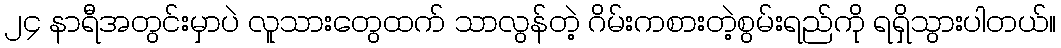
၂၄ နာရီအတွင်းမှာပဲ လူသားတွေထက် သာလွန်တဲ့ ဂိမ်းကစားတဲ့စွမ်းရည်ကို ရရှိသွားပါတယ်။